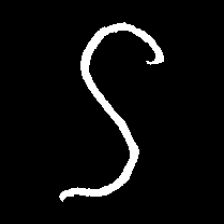
Pyu character \u2014 Myanmar letter: ဌ (romanized: ttha)